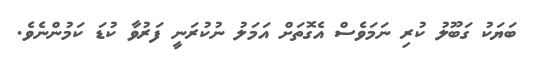
ބަޔަކު ގަބޫލު ކުރި ނަމަވެސް އެގޮތަށް އަމަލު ނުކުރަނީ ފަރުވާ ކުޑަ ކަމުންނެވެ.